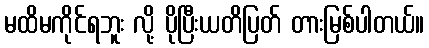
မထိမကိုင်ရဘူး လို့ ပိုပြီးယတိပြတ် တားမြစ်ပါတယ်။